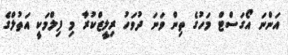
އަންނަ އޯގަސްޓް މަހުގެ ތިން ވަނަ ދުވަހު ރިލީޒްކުރާ މި ފިލްމަކީ އަތުލްގެ